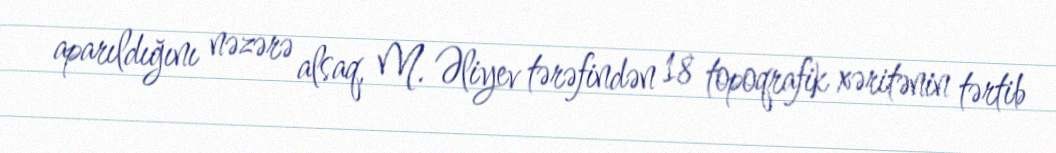
aparıldığını nəzərə alsaq, M. Əliyev tərəfindən 18 topoqrafik xəritənin tərtib